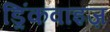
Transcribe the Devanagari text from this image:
ड्रिंकवाइज़